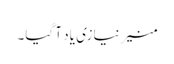
منیر نیازی یاد آ گیا۔